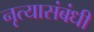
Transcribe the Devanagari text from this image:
नृत्यासंबंधी